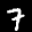
Label: 7